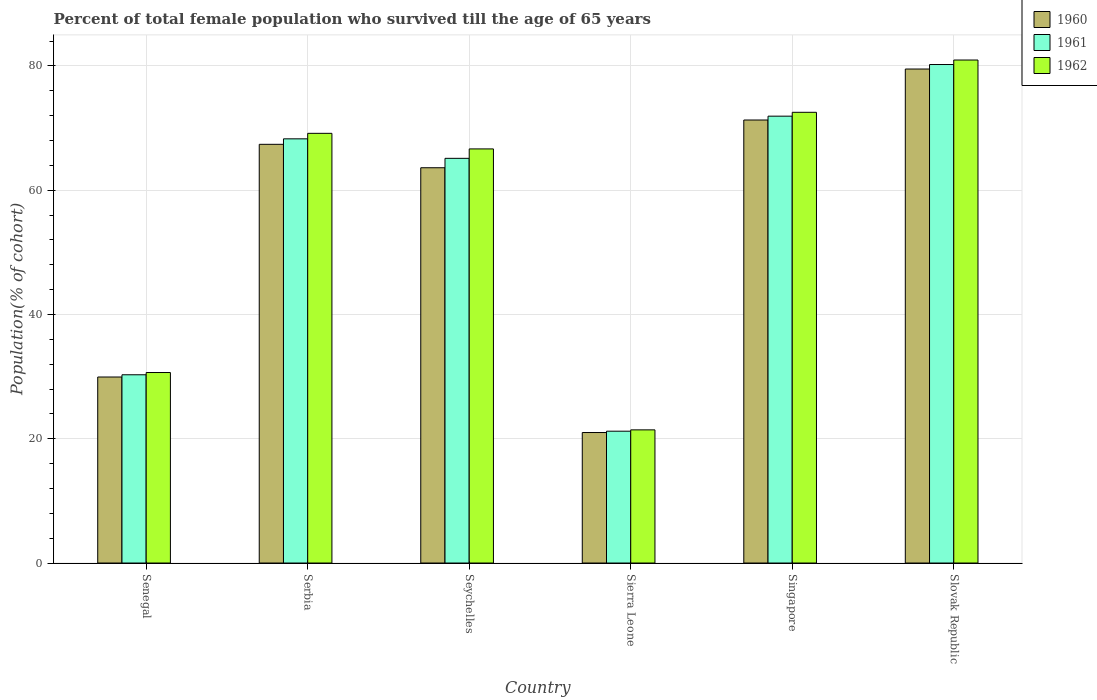
| Country | 1960 | 1961 | 1962 |
 | --- | --- | --- | --- |
 | Senegal | 29.9 | 30.3 | 30.7 |
 | Serbia | 67.4 | 68.3 | 69.2 |
 | Seychelles | 63.6 | 65.1 | 66.6 |
 | Sierra Leone | 21 | 21.2 | 21.4 |
 | Singapore | 71.3 | 71.9 | 72.5 |
 | Slovak Republic | 79.5 | 80.2 | 81 |